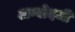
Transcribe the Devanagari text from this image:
अग्बोदजी